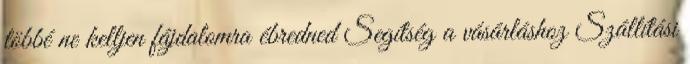
többé ne kelljen fájdalomra ébredned Segítség a vásárláshoz Szállítási